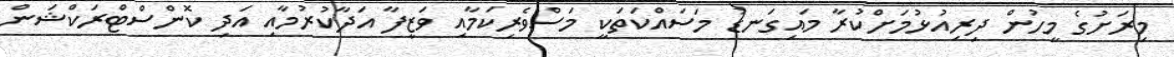
މިރަށުގެ މީހުން ދިރިއުޅުމަށްކުރާ މައިގަނޑު މަސައްކަތަކީ މަސްވެރިކަމާއި ވަޒީފާ އަދާކުރުމާއި އަދި ކޮންސްޓްރަކްޝަން